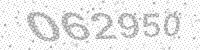
Solution: 062950